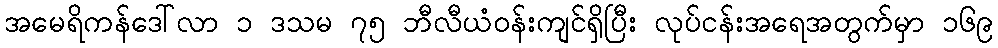
အမေရိကန်ဒေါ်လာ ၁ ဒသမ ၇၅ ဘီလီယံဝန်းကျင်ရှိပြီး လုပ်ငန်းအရေအတွက်မှာ ၁၆၉